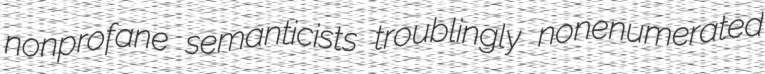
nonprofane semanticists troublingly nonenumerated